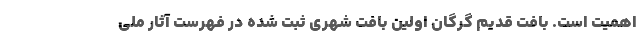
اهمیت است. بافت قدیم گرگان اولین بافت شهری ثبت شده در فهرست آثار ملی